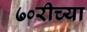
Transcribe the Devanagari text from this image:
७०रीच्या